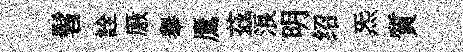
髫詮厫𦦙鷹茲浪明绍炁質